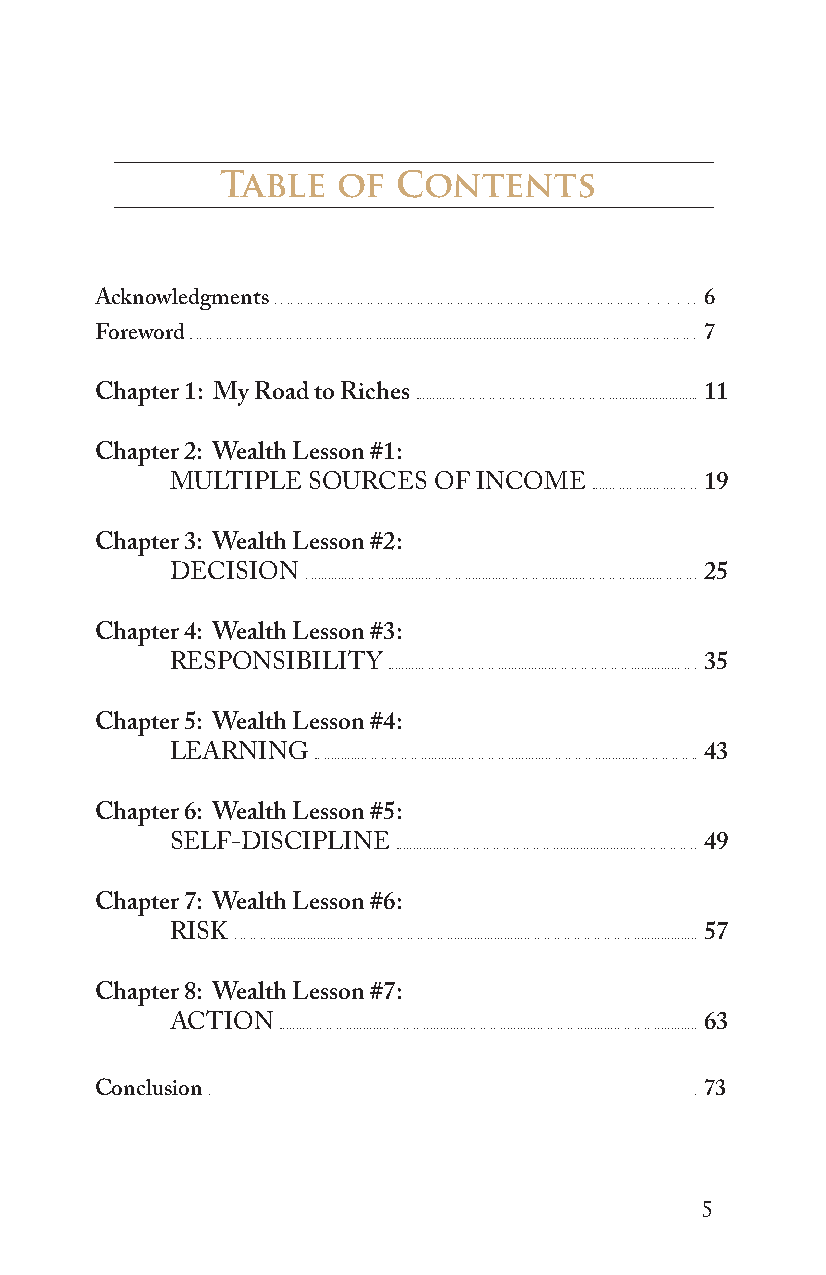
Table  of  Contents
 Acknowledgments                          6
 Foreword                                 7
 Chapter 1: My Road to Riches             11
 Chapter 2: Wealth Lesson #1:
 MULTIPLE SOURCES  OF INCOME         19
 Chapter 3: Wealth Lesson #2:
 DECISION                            25
 Chapter 4: Wealth Lesson #3:
 RESPONSIBILITY                      35
 Chapter 5: Wealth Lesson #4:
 LEARNING                            43
 Chapter 6: Wealth Lesson #5:
 SELF-DISCIPLINE                     49
 Chapter 7: Wealth Lesson #6:
 RISK                                57
 Chapter 8: Wealth Lesson #7:
 ACTION                              63
 Conclusion                               73
 5